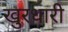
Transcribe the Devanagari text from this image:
खुरधारी